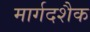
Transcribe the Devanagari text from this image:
मार्गदशैक